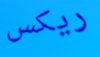
ريكس